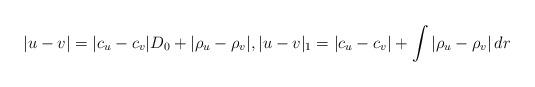
LaTeX: \begin{align*}|u-v| = |c_u-c_v| D_0 +|\rho_u-\rho_v|,|u-v|_1= |c_u-c_v| +\int |\rho_u-\rho_v|\,dr \end{align*}